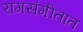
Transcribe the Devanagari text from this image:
रागसंगीतात